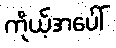
ကိုယ့်အပေါ်